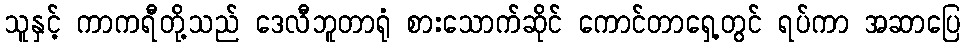
သူနှင့် ကာကရီတို့သည် ဒေလီဘူတာရုံ စားသောက်ဆိုင် ကောင်တာရှေ့တွင် ရပ်ကာ အဆာပြေ